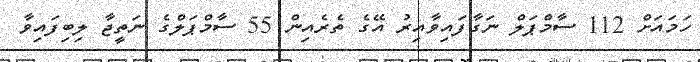
ހަމައަށް 112 ސާމްޕަލް ނަގާފައިވާއިރު އޭގެ ތެރެއިން 55 ސާމްޕަލްގެ ނަތީޖާ ލިބިފައިވާ